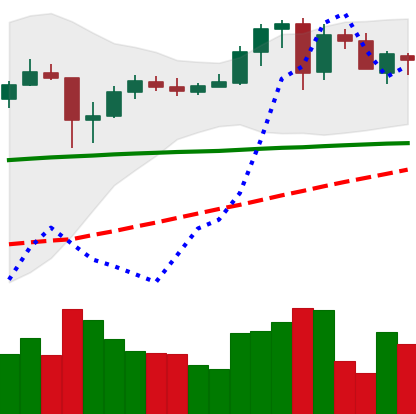
Ticker: ADA-USD
Chart end date: 2020-05-26
Forward return: 39.158%
Label: up_7plus